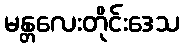
မန္တလေးတိုင်းဒေသ